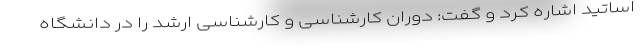
اساتید اشاره کرد و گفت: دوران کارشناسی و کارشناسی ارشد را در دانشگاه